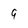
Character: 9